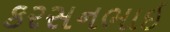
કરસનભાઇ